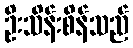
ဦးသိန်းစိန်သည်